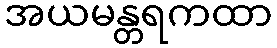
အယမန္တရကထာ